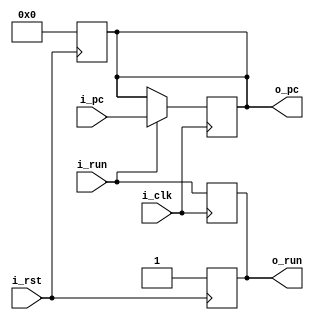
module pc(i_clk, i_rst, i_pc, i_run, o_pc, o_run);
   input         i_clk, i_rst, i_run;
   input  [31:0] i_pc;

   output [31:0] o_pc;
   output        o_run;

   reg    [31:0] pc;
   reg           run;

   assign o_pc = pc;
   assign o_run = run;

   always @ (posedge i_rst) begin
      run <= 1'b1;
      pc  <= 32'b0;
   end

   always @ (posedge i_clk) begin
      run <= i_run;
      if (i_run) begin
         pc <= i_pc;
      end
   end

endmodule